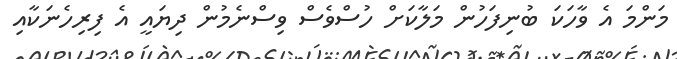
މަންމަ އެ ވާހަކަ ބުނިފަހުން މަލާކަށް ހުސްވެސް ވިސްނެމުން ދިޔައީ އެ ފިރިހެނަކާއި